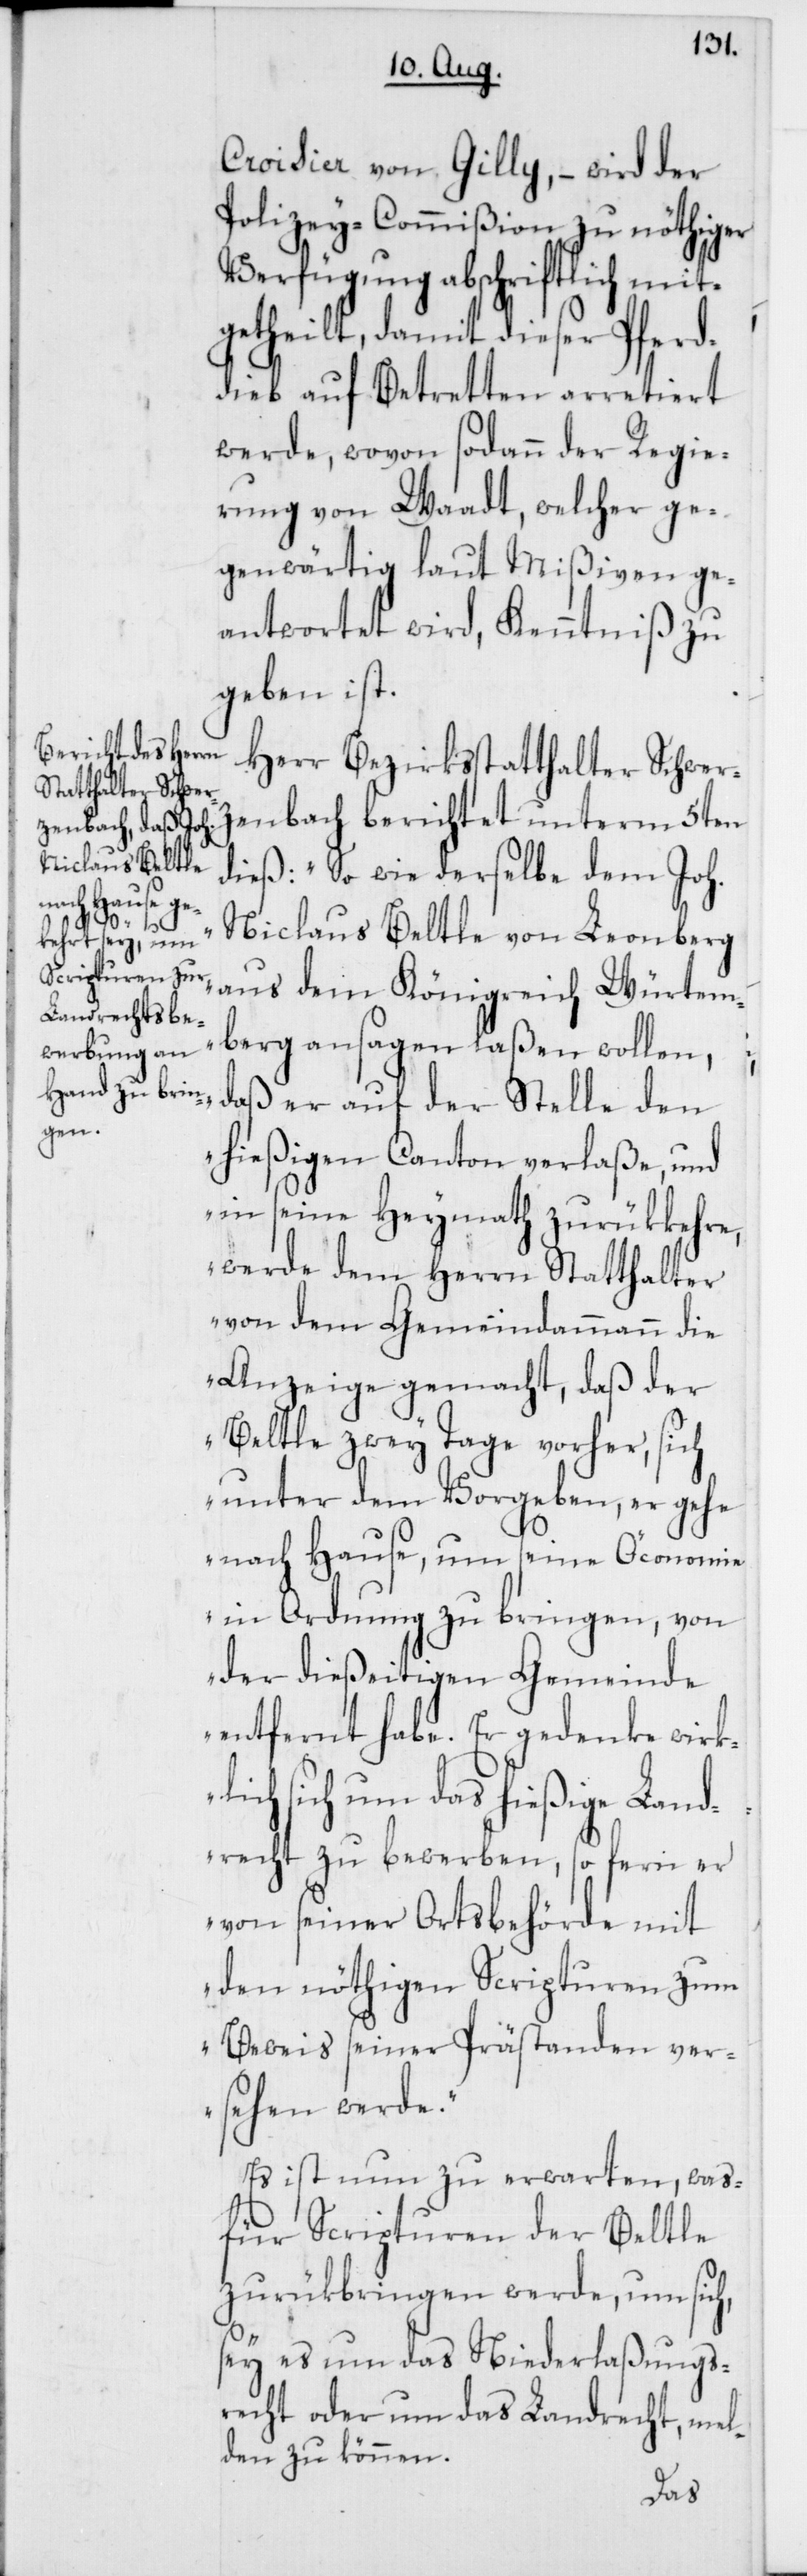
Croisier von Gilly, – wird der
Polizey-Commißion zu nöthiger
Verfügung abschriftlich mit¬
getheilt, damit dieser Pferd¬
dieb auf Betretten arretiert
werde, wovon sodann der Regie¬
rung von Waadt, welcher ge¬
genwärtig laut Mißiven ge¬
antwortet wird, Kenntniß zu
geben ist.
Herr Bezirksstatthalter Schwerz¬
enbach berichtet unterm 5ten
dieß: „So wie derselbe dem Joh.
Niclaus Beltle von Leonberg
aus dem Königreich Würtem¬
berg ansagen laßen wollen,
daß er auf der Stelle den
hießigen Canton verlaße, und
in seine Heymath zurükkehre,
werde dem Herrn Statthalter
von dem Gemeindammann die
Anzeige gemacht, daß der
Beltle zwey Tage vorher, sich
unter dem Vorgeben, er gehe
nach Hause um seine Öconomie
in Ordnung zu bringen, von
der dießeitigen Gemeinde
entfernt habe. Er gedenke wirk¬
lich sich um das hießige Land¬
recht zu bewerben, so fern er
von seiner Ortsbehörde mit
den nöthigen Scripturen zum
Beweis seiner Prästanden ver¬
sehen werde.“
Es ist nun zu erwarten, was¬
für Scripturen der Beltle
zurükbringen werde, um sich,
sey es um das Niederlaßungs¬
recht oder um das Landrecht, mel¬
den zu können.